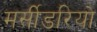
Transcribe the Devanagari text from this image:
मर्सीडरियो